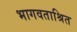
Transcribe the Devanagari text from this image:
भागवताश्रित